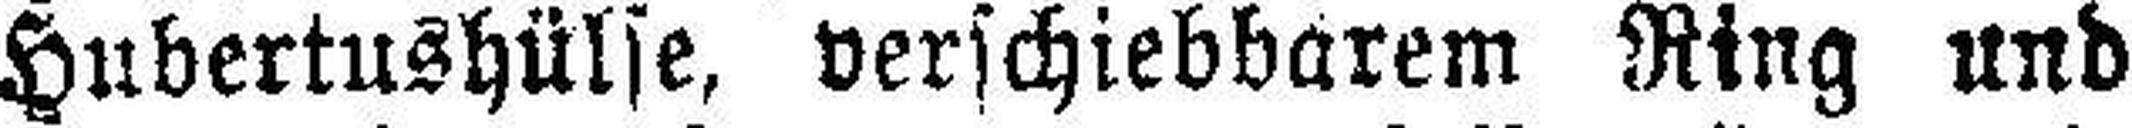
Hubertushülse, verschiebbarem Ring und